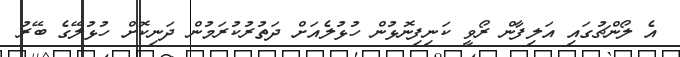
އެ ލޯންޗުގައި އަލިފާން ރޯވީ ކަނިފިނޮޅުން ހުޅުލެއަށް ދަތުރުކުރަމުން ދަނިކޮށް ހުޅުލޭގެ ބޭރު